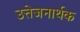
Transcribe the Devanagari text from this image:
उत्तेजनार्थक